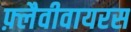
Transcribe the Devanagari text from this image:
फ़्लैवीवायरस